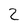
Character: 2